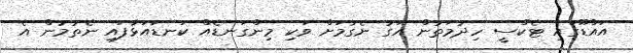
އައްޑޫގައި ޓެކްސީ ހިދުމަތުން އަގު ނެގުމަށް ވަކި މިންގަނޑެއް ކަނޑައަޅާފައި ނެތުމުން އެ